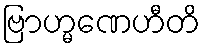
ဗြာဟ္မဏေဟီတိ